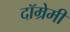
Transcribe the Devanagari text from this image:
दॉम्रेमी